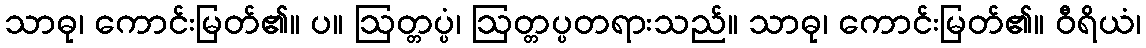
သာဓု၊ ကောင်းမြတ်၏။ ပ။ ဩတ္တပ္ပံ၊ ဩတ္တပ္ပတရားသည်။ သာဓု၊ ကောင်းမြတ်၏။ ဝီရိယံ၊